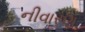
નીવારણ